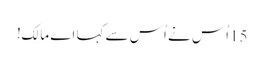
15اُس نے اُس سے کہا اَے مالِک!